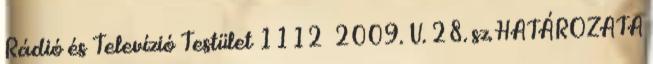
Rádió és Televízió Testület 1112 2009. V. 28. sz. HATÁROZATA